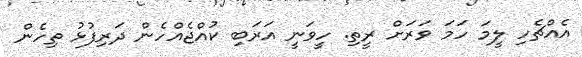
އެއްޗެހި ލީމަ ހަމަ ވަރަށް ރީތި. ހީވަނީ އަރަބި ކުއްޖެއްހެން ދަރިފުޅު ތިހެން